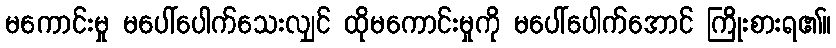
မကောင်းမှု မပေါ်ပေါက်သေးလျှင် ထိုမကောင်းမှုကို မပေါ်ပေါက်အောင် ကြိုးစားရ၏။